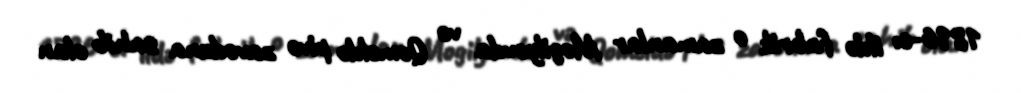
1896-cı ildə fabrik o zamanlar Mogilyovda və Qomeldə pivə zavoduna sahib olan